system: You are a helpful assistant.
user:
Analyze the provided spectrum to determine if it is a **"Cataclysmic Variables (CV)"**.

- **Key Indicators for CV (Check for either state):**
    - **State 1: Quiescent / Low-State (Emission-Dominated)**
        - **(Primary):** Strong and *very broad* Hydrogen Balmer emission lines (e.g., $H\alpha$ at 6563 Å, $H\beta$ at 4861 Å). The 'broadness' (high velocity dispersion, often FWHM > 1000 km/s) is the key diagnostic, indicating a high-velocity accretion disk.
        - **(Secondary):** Broad neutral Helium (He I) emission lines (e.g., 5876 Å, 6678 Å).
        - **(Key Confirmation):** Presence of high-excitation *ionized* Helium (He II) emission at 4686 Å. This is a strong indicator of accretion onto a white dwarf.
        - **(Line Profile):** Emission lines may exhibit a 'double-peaked' profile, which is a classic signature of a rotating accretion disk viewed at high inclination.

    - **State 2: Outburst / High-State (Absorption-Dominated)**
        - **(Primary):** Spectrum is dominated by a bright, blue continuum (looks like a hot star).
        - **(Secondary):** The emission lines from State 1 are weak, absent, or 'filled in', and are replaced by broad, shallow *absorption* lines (primarily Balmer and He I).
        - **(Morphology):** The overall spectrum mimics a hot B/A-type star. The crucial difference is that the absorption lines are significantly broader, shallower, and more 'washed-out' (or 'smeared') than the sharp lines of a normal stellar photosphere, due to high rotational speeds and pressure broadening in the disk.

Think first, call **spectral_visualization_tool** if needed to examine features in detail, then provide your final answer. Your response must adhere to the following strict rules:
1.  **Overall Structure:** Your response must follow the format `<think>...</think> <tool_call>...</tool_call> (if a tool is used) <answer>...</answer>`.
2.  **Tool Usage Constraint:** You may only make **one** tool call per turn.
3.  **Final Answer Format:** In the `<answer>` tag, your conclusion must be inside a `\boxed{}` command (e.g., `\boxed{YES}`), followed by your justification.

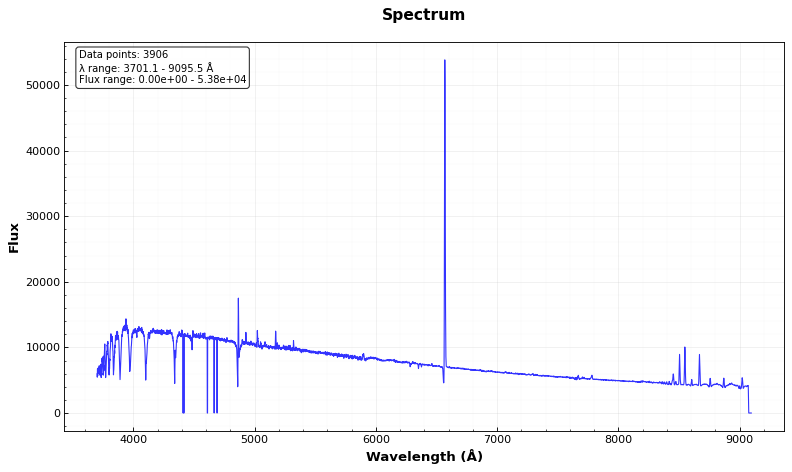
Answer: NO